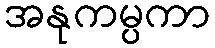
အနုကမ္ပကာ